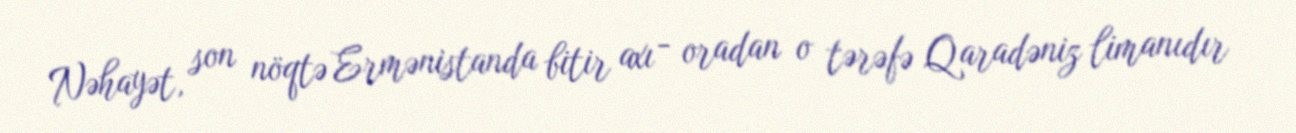
Nəhayət, son nöqtə Ermənistanda bitir axı - oradan o tərəfə Qaradəniz limanıdır